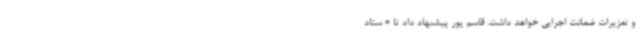
و تعزیرات ضمانت اجرایی خواهد داشت. قاسم پور پیشنهاد داد تا « ستاد